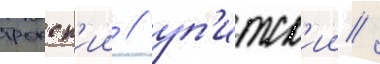
трокск'ии / уп'итск'ии /